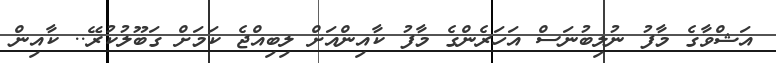
އަޝްވާގެ މާފު ނުލިބުނަސް އަހަރެންގެ މާފު ކާއިންއަށް ލިބިއްޖެ ކަމަށް ގަބޫލުކުރޭ.. ކާއިން